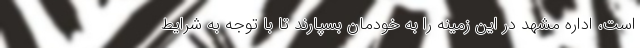
است، اداره مشهد در این زمینه را به خودمان بسپارند تا با توجه به شرایط